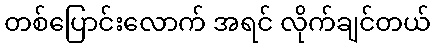
တစ်ပြောင်းလောက် အရင် လိုက်ချင်တယ်